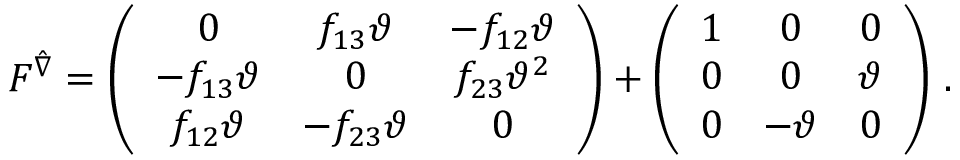
F ^ { \hat { \nabla } } = \left( \begin{array} { c c c } { { 0 } } & { { f _ { 1 3 } \vartheta } } & { { - f _ { 1 2 } \vartheta } } \\ { { - f _ { 1 3 } \vartheta } } & { { 0 } } & { { f _ { 2 3 } \vartheta ^ { 2 } } } \\ { { f _ { 1 2 } \vartheta } } & { { - f _ { 2 3 } \vartheta } } & { { 0 } } \end{array} \right) + \left( \begin{array} { c c c } { { 1 } } & { { 0 } } & { { 0 } } \\ { { 0 } } & { { 0 } } & { { \vartheta } } \\ { { 0 } } & { { - \vartheta } } & { { 0 } } \end{array} \right) \, .